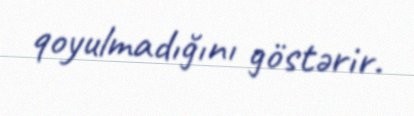
qoyulmadığını göstərir.